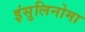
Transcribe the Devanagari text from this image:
इंसुलिनोमा